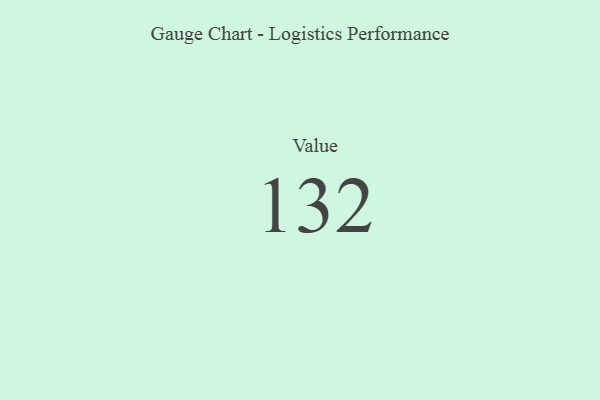
{"axis": {"x": "Metric", "y": "Value"}, "legend": [""], "data": [{"x": "Value", "y": 132, "type": ""}]}